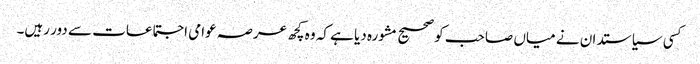
کسی سیاستدان نے میاں صاحب کو صحیح مشورہ دیا ہے کہ وہ کچھ عرصہ عوامی اجتماعات سے دور رہیں۔